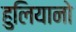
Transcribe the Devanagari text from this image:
हुलियानो